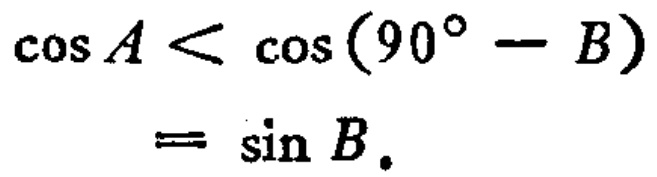
\(\cos A < \cos (90^{\circ} - B)\)

\(= \sin B.\)